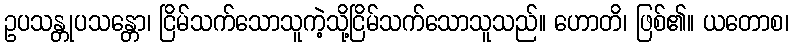
ဥပသန္တုပသန္တော၊ ငြိမ်သက်သောသူကဲ့သို့ငြိမ်သက်သောသူသည်။ ဟောတိ၊ ဖြစ်၏။ ယတောစ၊